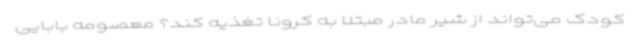
کودک می‌تواند از شیر مادر مبتلا به‌ کرونا تغذیه‌ کند؟ معصومه بابایی